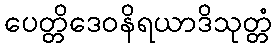
ပေတ္တိဒေဝနိရယာဒိသုတ္တံ